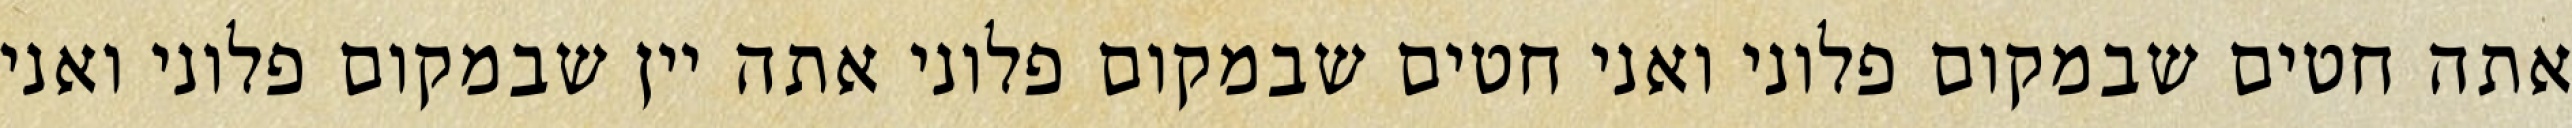
אתה חטים שבמקום פלוני ואני חטים שבמקום פלוני אתה יין שבמקום פלוני ואני